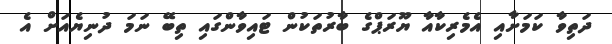
ދަތިވާ ކަމަށާއި އެމެރިކާއާ ޔޫރަޕްގެ ބާރުތަކުން ޓައިވާންގައި ތިބޭ ނަމަ ދުނިޔެއަށް އެ